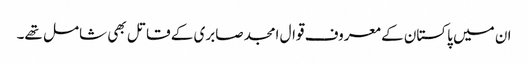
ان میں پاکستان کے معروف قوال امجد صابری کے قاتل بھی شامل تھے۔